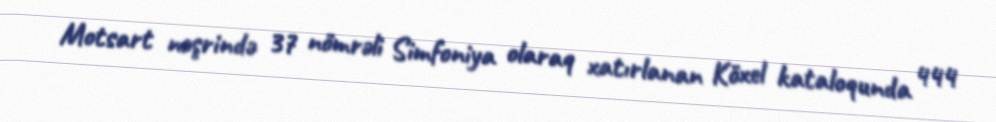
Motsart nəşrində 37 nömrəli Simfoniya olaraq xatırlanan Köxel kataloqunda 444